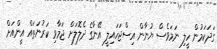
ގަދަކަމުން ހީލި ނަމަވެސް ޔުނާން އިސްޖަހައިލީ އޭނާގެ ދެލޮލަށް ޖަމާވި ކަރުނަތައް އީންއަށް